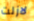
لازلت